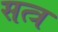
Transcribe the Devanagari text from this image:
सत्त्र